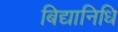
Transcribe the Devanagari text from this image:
बिद्यानिधि